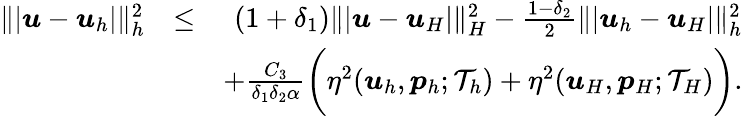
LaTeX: \begin{array}{rlr}{\| \vert\boldsymbol{u}-\boldsymbol{u}_{h}\vert\| _{h}^{2}}&{\leq}&{(1+\delta_{1})\| \vert\boldsymbol{u}-\boldsymbol{u}_{H}\vert\| _{H}^{2}-\frac{1-\delta_{2}}{2}\| \vert\boldsymbol{u}_{h}-\boldsymbol{u}_{H}\vert\| _{h}^{2}}\\ &{}&{+\frac{C_{3}}{\delta_{1}\delta_{2}\alpha}\bigg(\eta^{2}(\boldsymbol{u}_{h},\boldsymbol{p}_{h};\mathcal{T}_{h})+\eta^{2}(\boldsymbol{u}_{H},\boldsymbol{p}_{H};\mathcal{T}_{H})\bigg).}\end{array}